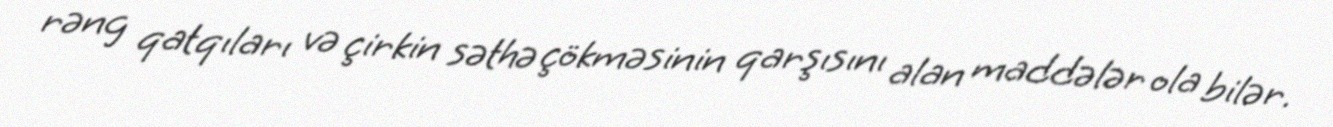
rəng qatqıları və çirkin səthə çökməsinin qarşısını alan maddələr ola bilər.